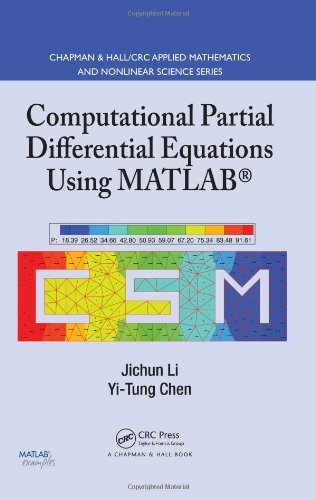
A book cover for Computational Partial Differential Equations Using MATLAB (Chapman & Hall/CRC Applied Mathematics & Nonlinear Science); Jichun Li; Science & Math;